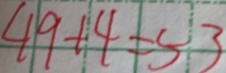
4 9 + 4 = 5 3